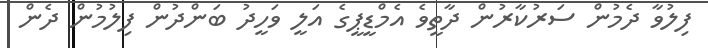
ފިލުވާ ދެމުން ސަރުކާރުން ދާތީވެ އެމްޑީޕީގެ އަލީ ވަހީދު ބަންދުން ފިލުމުން ދެން